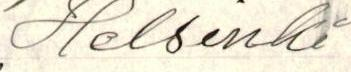
Helsinki